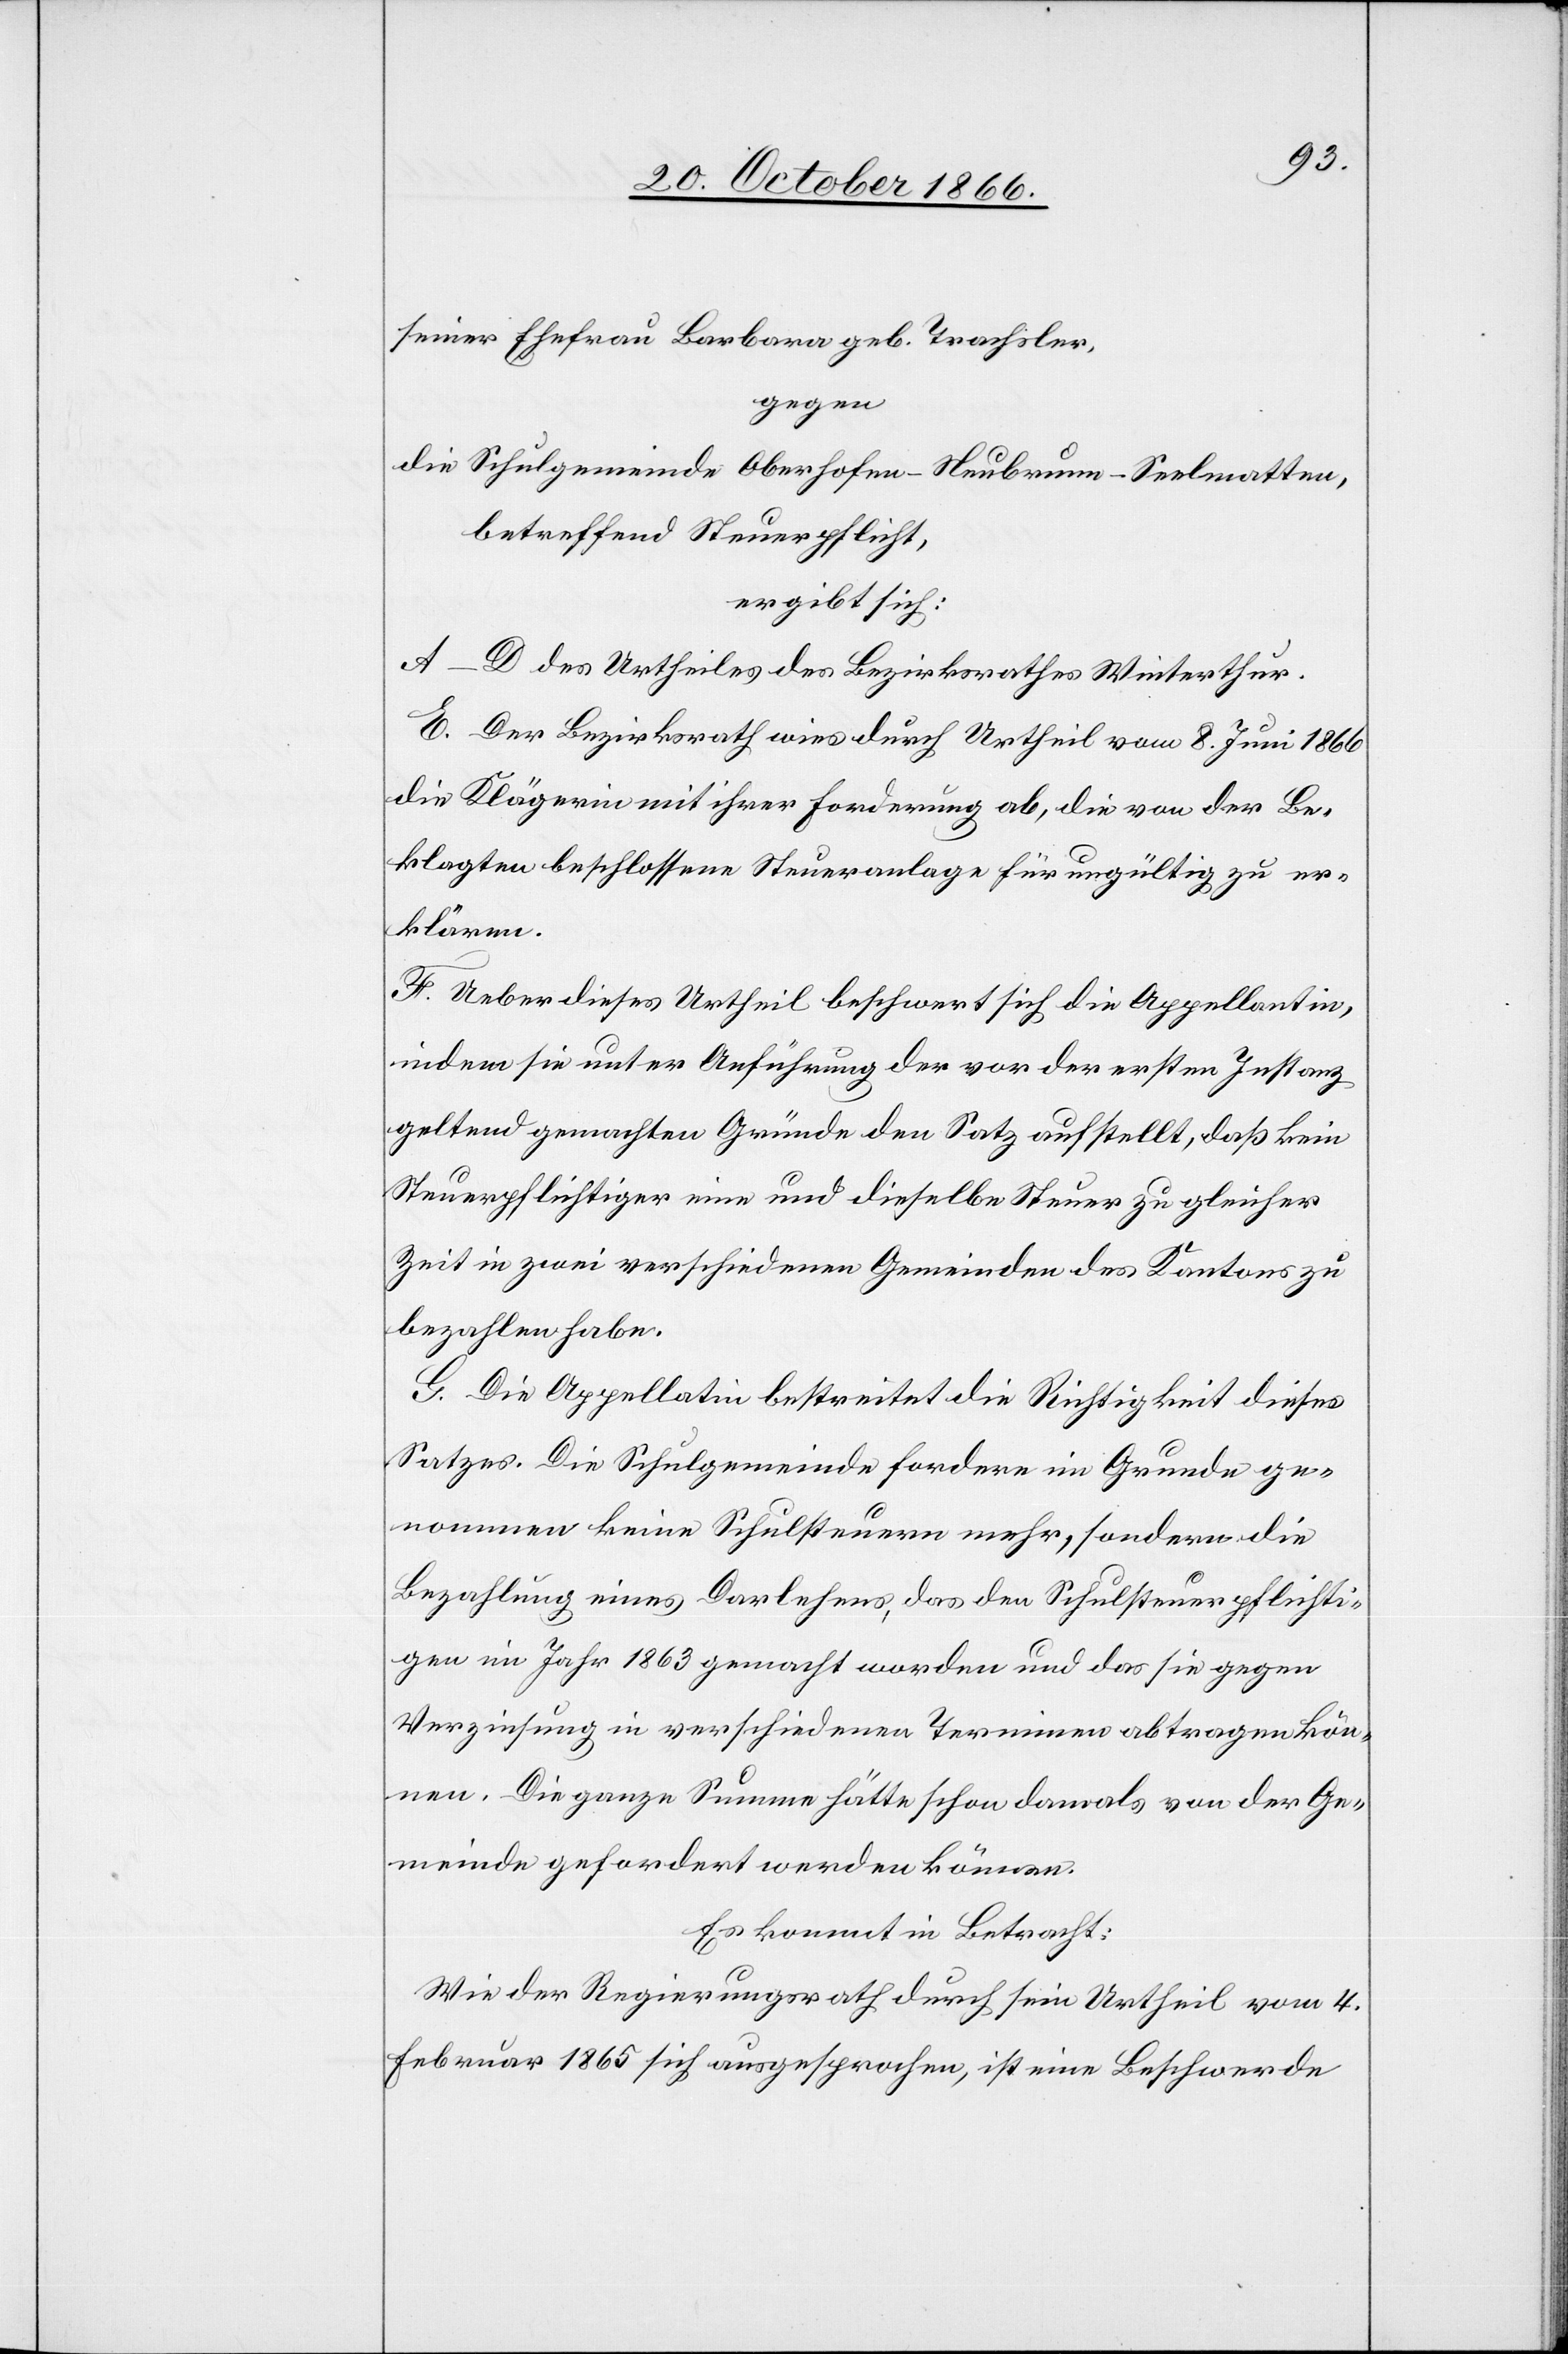
seiner Ehefrau Barbara geb. Trachsler,
gegen
die Schulgemeinde Oberhofen-Neubrunn-Seelmatten,
betreffend Steuerpflicht,
ergibt sich:
A–D des Urtheiles des Bezirksrathes Winterthur.
E. Der Bezirksrath wies durch Urtheil vom 8. Juni 1866
die Klägerin mit ihrer Forderung ab, die von der Be¬
klagten beschlossene Steueranlage für ungültig zu er¬
klären.
F. Ueber dieses Urtheil beschwert sich die Appellantin,
indem sie unter Anführung der vor der ersten Instanz
geltend gemachten Gründe den Satz aufstellt, daß kein
Steuerpflichtiger eine und dieselbe Steuer zu gleicher
Zeit in zwei verschiedenen Gemeinden des Kantons zu
bezahlen habe.
G. Die Appellatin bestreitet die Richtigkeit dieses
Satzes [nicht]. Die Schulgemeinde fordere im Grunde ge¬
nommen keine Schulsteuern mehr, sondern die
Bezahlung eines Darlehens, das den Schulsteuerpflichti¬
gen im Jahr 1863 gemacht worden und das sie gegen
Verzinsung in verschiedenen Terminen abtragen kön¬
nen. Die ganze Summe hätte schon damals von der Ge¬
meinde gefordert werden können.
Es kommt in Betracht:
Wie der Regierungsrath durch sein Urtheil vom 4.
Februar 1865 sich ausgesprochen, ist eine Beschwerde